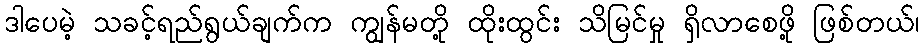
ဒါပေမဲ့ သခင့်ရည်ရွယ်ချက်က ကျွန်မတို့ ထိုးထွင်း သိမြင်မှု ရှိလာစေဖို့ ဖြစ်တယ်၊